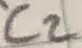
Text: C2